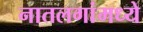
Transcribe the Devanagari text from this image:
नातलगांमध्ये